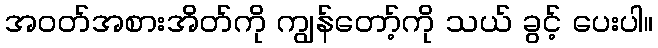
အဝတ်အစားအိတ်ကို ကျွန်တော့်ကို သယ် ခွင့် ပေးပါ။